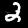
Digit: 2